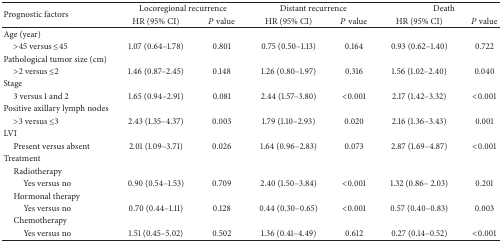
<table><thead><tr><td rowspan="2"><b>Prognostic factors</b></td><td colspan="2"><b>Locoregional recurrence</b></td><td colspan="2"><b>Distant recurrence</b></td><td colspan="2"><b>Death</b></td></tr><tr><td><b>HR (95% CI)</b></td><td><b><i>P</i> value</b></td><td><b>HR (95% CI)</b></td><td><b><i>P</i> value</b></td><td><b>HR (95% CI)</b></td><td><b><i>P</i> value</b></td></tr></thead><tbody><tr><td>Age (year)</td><td>[EMPTY_CELL]</td><td>[EMPTY_CELL]</td><td>[EMPTY_CELL]</td><td>[EMPTY_CELL]</td><td>[EMPTY_CELL]</td><td>[EMPTY_CELL]</td></tr><tr><td> &gt;45 versus ≤45</td><td>1.07 (0.64–1.78)</td><td>0.801</td><td>0.75 (0.50–1.13)</td><td>0.164</td><td>0.93 (0.62–1.40)</td><td>0.722</td></tr><tr><td>Pathological tumor size (cm)</td><td>[EMPTY_CELL]</td><td>[EMPTY_CELL]</td><td>[EMPTY_CELL]</td><td>[EMPTY_CELL]</td><td>[EMPTY_CELL]</td><td>[EMPTY_CELL]</td></tr><tr><td> &gt;2 versus ≤2</td><td>1.46 (0.87–2.45)</td><td>0.148</td><td>1.26 (0.80–1.97)</td><td>0.316</td><td>1.56 (1.02–2.40)</td><td>0.040</td></tr><tr><td>Stage</td><td>[EMPTY_CELL]</td><td>[EMPTY_CELL]</td><td>[EMPTY_CELL]</td><td>[EMPTY_CELL]</td><td>[EMPTY_CELL]</td><td>[EMPTY_CELL]</td></tr><tr><td> 3 versus 1 and 2</td><td>1.65 (0.94–2.91)</td><td>0.081</td><td>2.44 (1.57–3.80)</td><td>&lt;0.001</td><td>2.17 (1.42–3.32)</td><td>&lt;0.001</td></tr><tr><td>Positive axillary lymph nodes</td><td>[EMPTY_CELL]</td><td>[EMPTY_CELL]</td><td>[EMPTY_CELL]</td><td>[EMPTY_CELL]</td><td>[EMPTY_CELL]</td><td>[EMPTY_CELL]</td></tr><tr><td> &gt;3 versus ≤3</td><td>2.43 (1.35–4.37)</td><td>0.003</td><td>1.79 (1.10–2.93)</td><td>0.020</td><td>2.16 (1.36–3.43)</td><td>0.001</td></tr><tr><td>LVI</td><td>[EMPTY_CELL]</td><td>[EMPTY_CELL]</td><td>[EMPTY_CELL]</td><td>[EMPTY_CELL]</td><td>[EMPTY_CELL]</td><td>[EMPTY_CELL]</td></tr><tr><td> Present versus absent</td><td>2.01 (1.09–3.71)</td><td>0.026</td><td>1.64 (0.96–2.83)</td><td>0.073</td><td>2.87 (1.69–4.87)</td><td>&lt;0.001</td></tr><tr><td>Treatment</td><td>[EMPTY_CELL]</td><td>[EMPTY_CELL]</td><td>[EMPTY_CELL]</td><td>[EMPTY_CELL]</td><td>[EMPTY_CELL]</td><td>[EMPTY_CELL]</td></tr><tr><td> Radiotherapy</td><td>[EMPTY_CELL]</td><td>[EMPTY_CELL]</td><td>[EMPTY_CELL]</td><td>[EMPTY_CELL]</td><td>[EMPTY_CELL]</td><td>[EMPTY_CELL]</td></tr><tr><td>Yes versus no</td><td>0.90 (0.54–1.53)</td><td>0.709</td><td>2.40 (1.50–3.84)</td><td>&lt;0.001</td><td>1.32 (0.86– 2.03)</td><td>0.201</td></tr><tr><td> Hormonal therapy</td><td>[EMPTY_CELL]</td><td>[EMPTY_CELL]</td><td>[EMPTY_CELL]</td><td>[EMPTY_CELL]</td><td>[EMPTY_CELL]</td><td>[EMPTY_CELL]</td></tr><tr><td>Yes versus no</td><td>0.70 (0.44–1.11)</td><td>0.128</td><td>0.44 (0.30–0.65)</td><td>&lt;0.001</td><td>0.57 (0.40–0.83)</td><td>0.003</td></tr><tr><td> Chemotherapy</td><td>[EMPTY_CELL]</td><td>[EMPTY_CELL]</td><td>[EMPTY_CELL]</td><td>[EMPTY_CELL]</td><td>[EMPTY_CELL]</td><td>[EMPTY_CELL]</td></tr><tr><td>Yes versus no</td><td>1.51 (0.45–5.02)</td><td>0.502</td><td>1.36 (0.41–4.49)</td><td>0.612</td><td>0.27 (0.14–0.52)</td><td>&lt;0.001</td></tr></tbody></table>